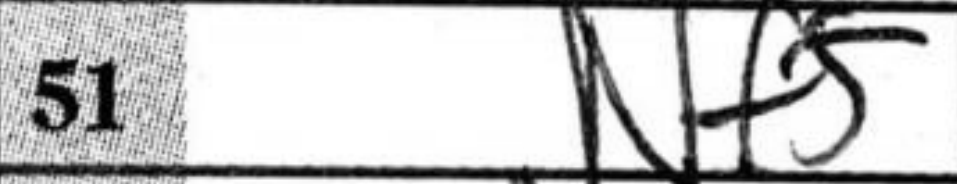
Transcription: Nf5